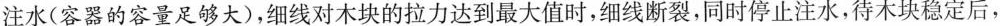
注水(容器的容量足够大)，细线对木块的拉力达到最大值时，细线断裂，同时停止注水，待木块稳定后，